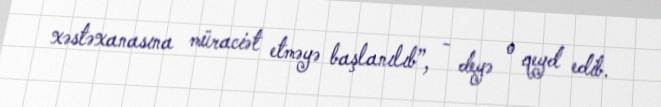
xəstəxanasına müraciət etməyə başlanılıb”, - deyə o qeyd edib.